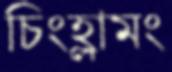
চিংহ্লামং